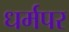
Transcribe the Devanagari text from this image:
धर्मपर